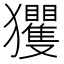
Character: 玃